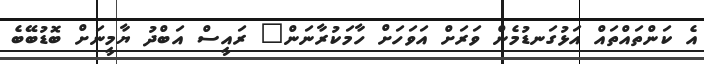
އެ ކަންތައްތައް އަޅުގަނޑުމެން ވަރަށް އަވަހަށް ހާމަކުރާނަން" ރައީސް އަބްދު ޔާމީނަށް ބޮޑުބޭބެ